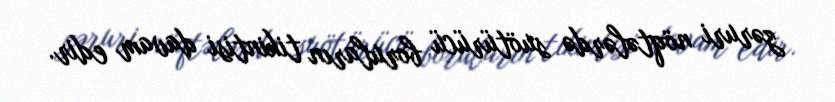
zəruri nöqtələrdə suötürücü boruların tikintisi davam edir.